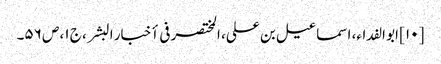
[۱۰] ابو الفداء، اسماعیل بن علی، المختصر فی أخبار البشر، ج ۱، ص ۵۶۔